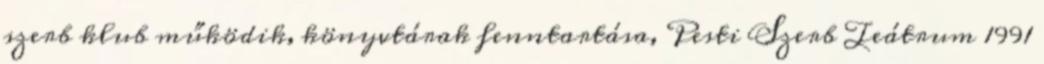
szerb klub működik, könyvtárak fenntartása, Pesti Szerb Teátrum 1991